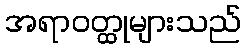
အရာဝတ္ထုများသည်